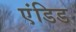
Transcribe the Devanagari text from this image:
एंडिड